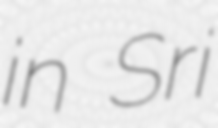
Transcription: in Sri